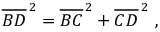
{ \overline { { B D } } } ^ { \, 2 } = { \overline { { B C } } } ^ { \, 2 } + { \overline { { C D } } } ^ { \, 2 } \ ,